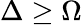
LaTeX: \Delta\geq\Omega